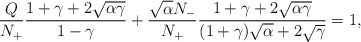
\begin{align*}\frac{Q}{N_{+}} \frac{1+\gamma+2\sqrt{\alpha\gamma}}{1-\gamma}+\frac{\sqrt{\alpha}N_{-}}{N_{+}}\frac{1+\gamma+2\sqrt{\alpha\gamma}}{(1+\gamma)\sqrt{\alpha}+2\sqrt{\gamma}}=1,\end{align*}